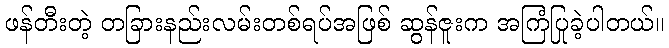
ဖန်တီးတဲ့ တခြားနည်းလမ်းတစ်ရပ်အဖြစ် ဆွန်ဇူးက အကြံပြုခဲ့ပါတယ်။